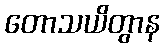
တောသယိတွာန